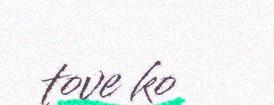
tove ko